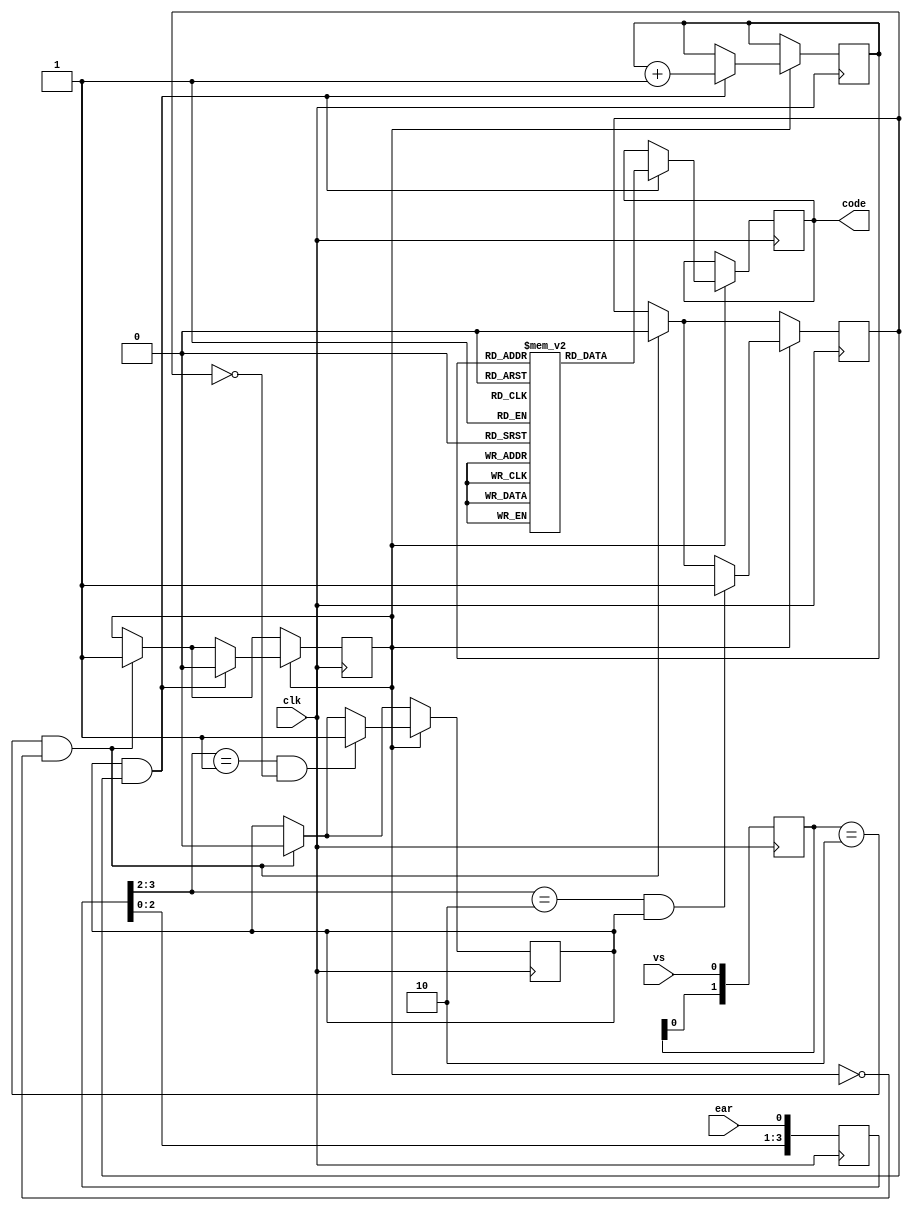
`timescale 1ns / 1ps
`default_nettype none

//////////////////////////////////////////////////////////////////////////////////
// Company: 
// Engineer: 
// 
// Design Name: 
// Module Name:    eartest 
// Project Name: 
// Target Devices: 
// Tool versions: 
// Description: 
//
// Dependencies: 
//
// Revision: 
// Revision 0.01 - File Created
// Additional Comments: 
//
//////////////////////////////////////////////////////////////////////////////////

module eartest (
   input wire clk,
   input wire ear,
   input wire vs,
   output reg [7:0] code
   );
   
   initial code = " ";
   
   reg [3:0] earsynchr = 2'b00;
   reg [1:0] vsedge = 2'b11;
   wire [1:0] earedge = earsynchr[3:2];   
   always @(posedge clk) begin
      earsynchr <= {earsynchr[2:0], ear};
      vsedge <= {vsedge[0], vs};
   end
   
   wire posflanco = (earedge == 2'b01);
   wire negflanco = (earedge == 2'b10);
   
   reg posdetect = 1'b0, negdetect = 1'b0, vsdetect = 1'b0;
   reg [7:0] codes[0:3];
   initial begin
      codes[0] = "-";
      codes[1] = "\\\\";
      codes[2] = "|";
      codes[3] = "/";
   end
   reg [1:0] idxcode = 2'd0;
   
   always @(posedge clk) begin
      if (vsedge == 2'b10 && vsdetect == 1'b0) begin
         vsdetect <= 1'b1;
         posdetect <= 1'b0;
         negdetect <= 1'b0;
      end
      if (vsdetect == 1'b1) begin
         if (posflanco && negdetect == 1'b0)
            posdetect <= 1'b1;
         if (negflanco && posdetect == 1'b1)
            negdetect <= 1'b1;
         if (posdetect && negdetect) begin
            code <= codes[idxcode];
            idxcode <= idxcode + 2'd1;
            vsdetect <= 1'b0;
         end
      end
   end
endmodule